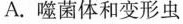
A.噬菌体和变形虫